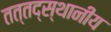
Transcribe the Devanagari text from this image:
तत्तद्स्थानीय